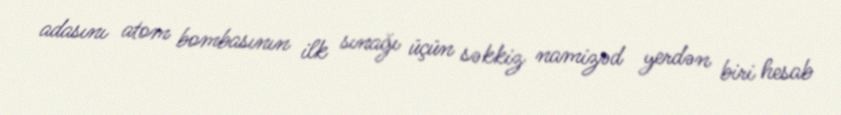
adasını atom bombasının ilk sınağı üçün səkkiz namizəd yerdən biri hesab